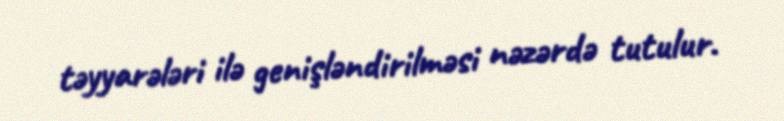
təyyarələri ilə genişləndirilməsi nəzərdə tutulur.